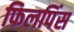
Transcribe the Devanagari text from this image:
फिलपिंस